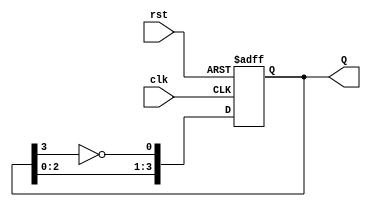
module ring_johnson_counter #(
    parameter N = 4  // Number of flip-flops
)(
    input wire clk,   // Clock input
    input wire rst,   // Asynchronous reset
    output reg [N-1:0] Q  // Counter output
);

// Internal signal for feedback
wire feedback;

// Feedback is the inverted output of the last flip-flop
assign feedback = ~Q[N-1];

// Sequential logic for the Johnson counter
always @(posedge clk or posedge rst) begin
    if (rst) begin
        // Reset all flip-flops to 0
        Q <= 0;
    end else begin
        // Shift the state and apply feedback
        Q <= {Q[N-2:0], feedback};
    end
end

endmodule